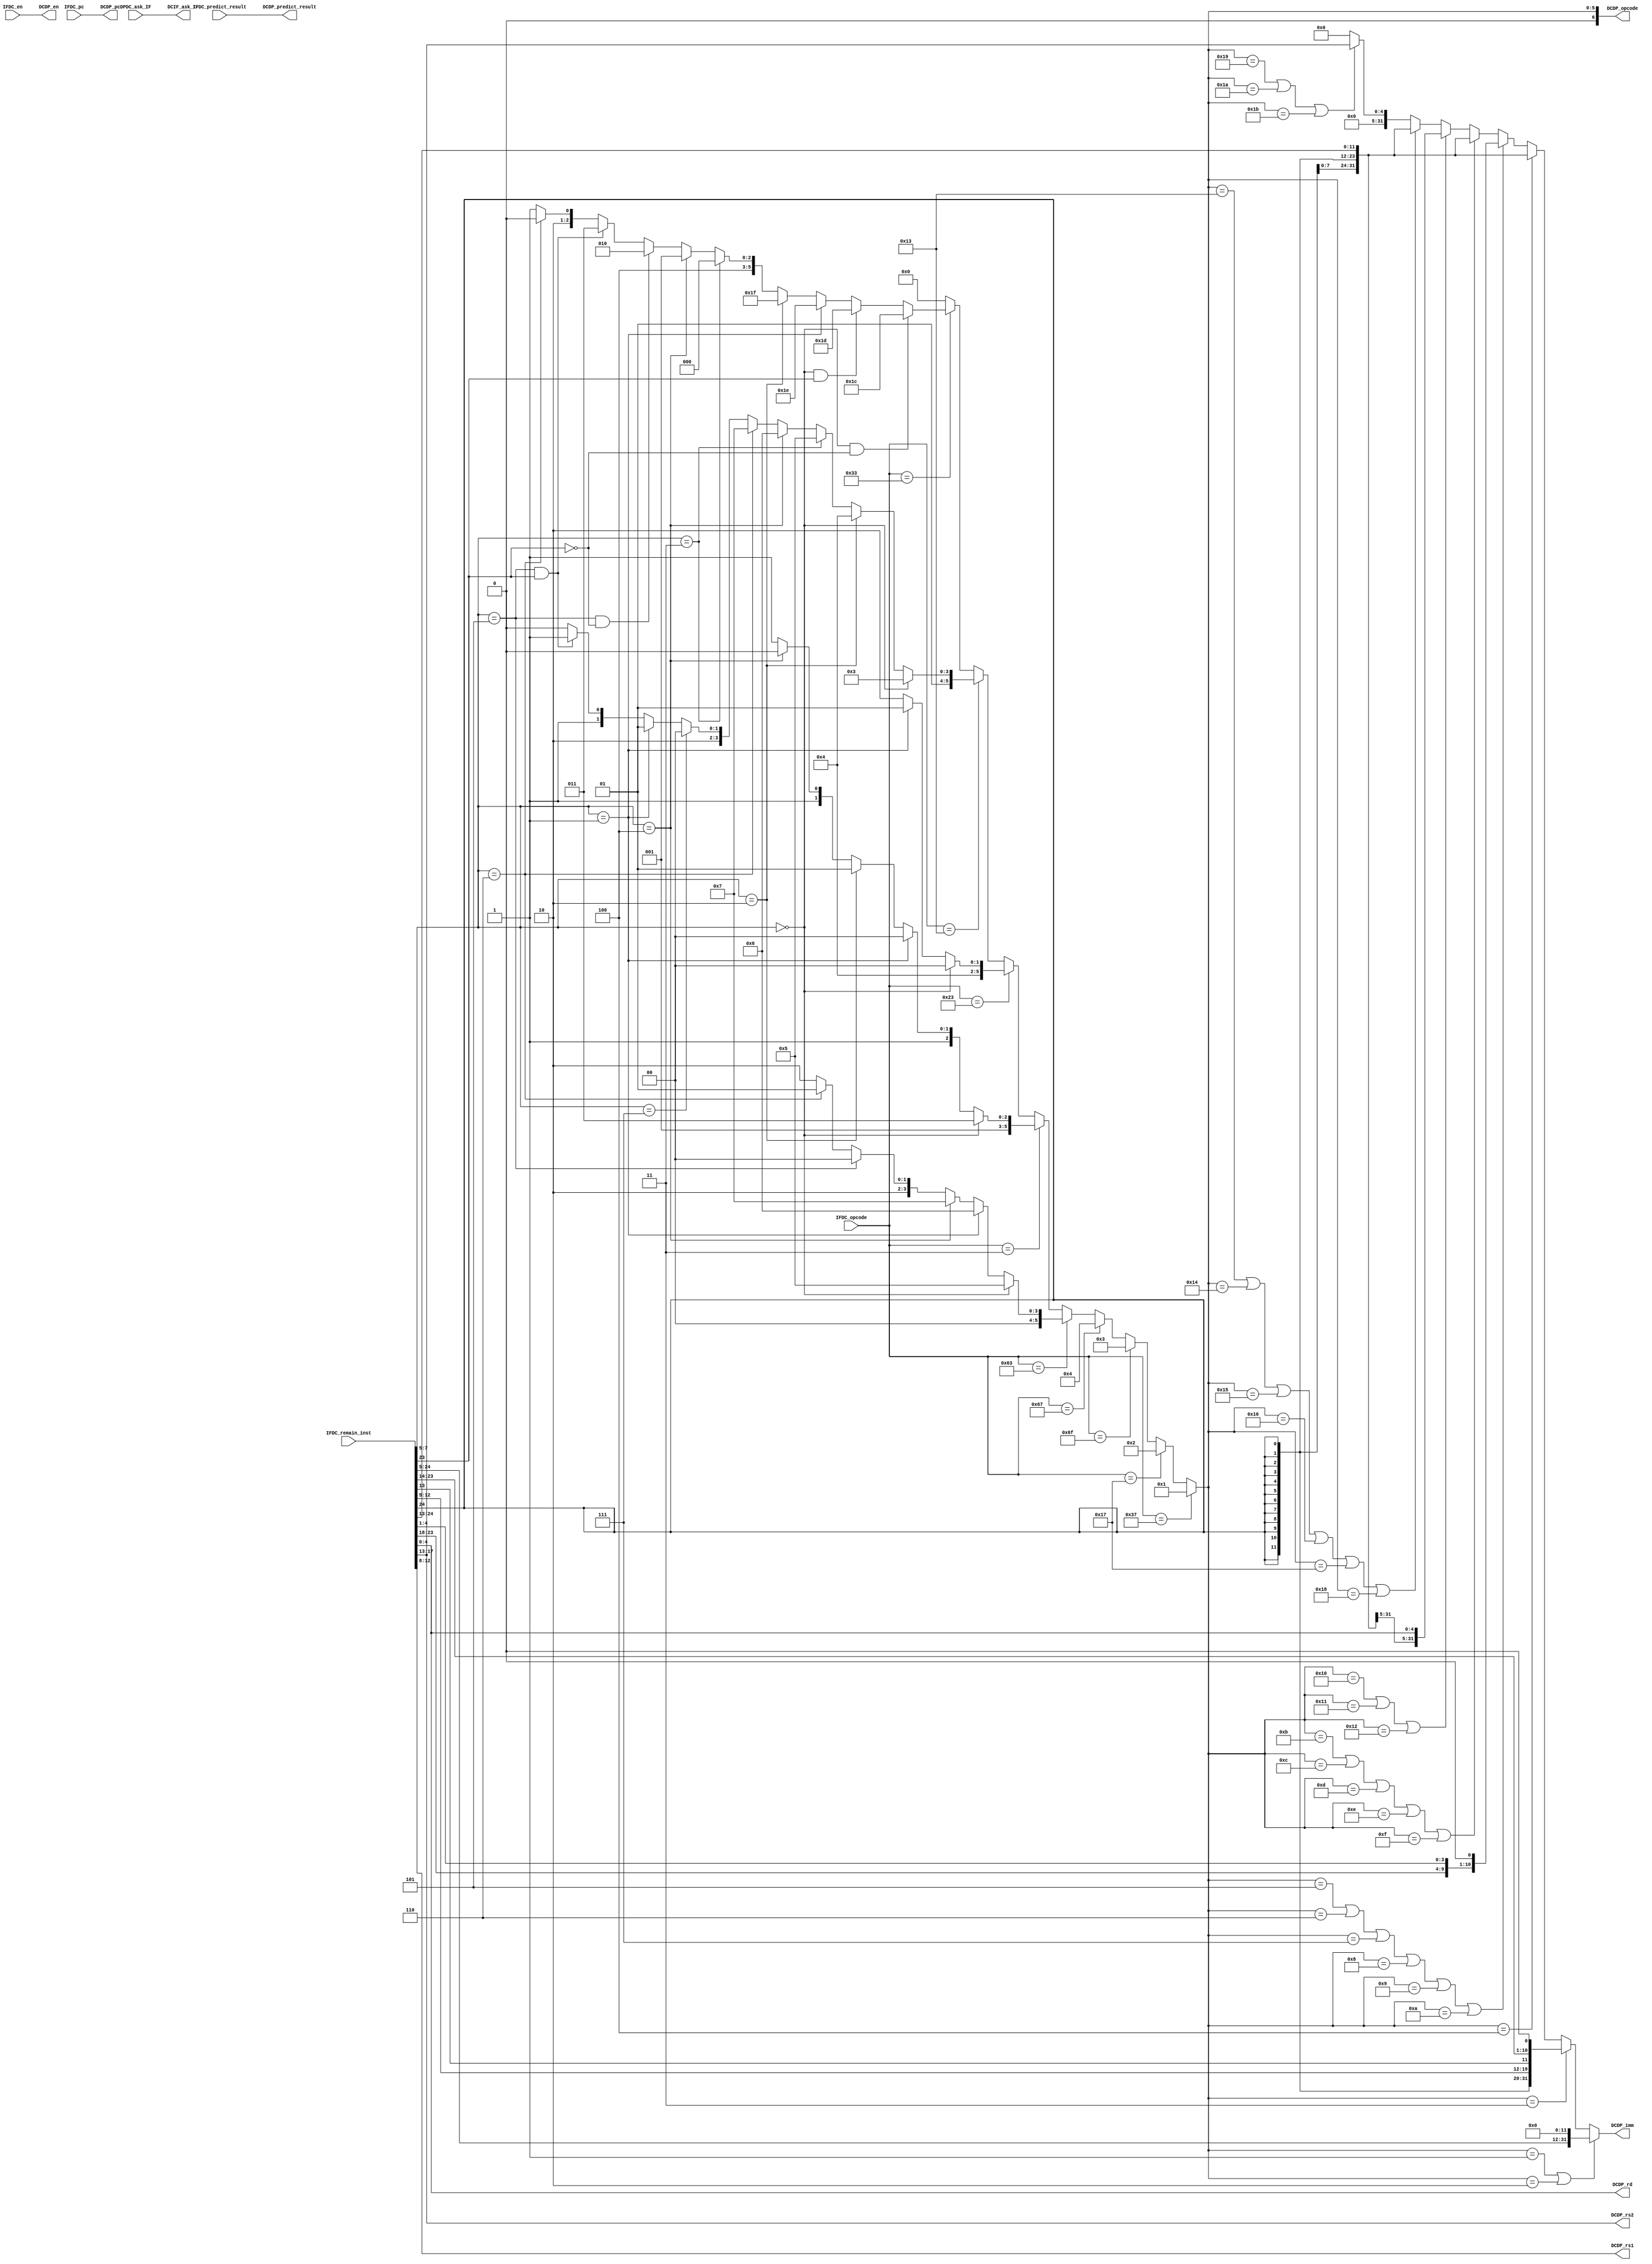
module Decoder #(
    parameter ADDR_WIDTH = 32,
    parameter REG_WIDTH = 5,
    parameter lui = 7'd1,
    parameter auipc = 7'd2,
    parameter jal = 7'd3,
    parameter jalr = 7'd4,
    parameter beq = 7'd5,
    parameter bne = 7'd6,
    parameter blt = 7'd7,
    parameter bge = 7'd8,
    parameter bltu = 7'd9,
    parameter bgeu = 7'd10,
    parameter lb = 7'd11,
    parameter lh = 7'd12,
    parameter lw = 7'd13,
    parameter lbu = 7'd14,
    parameter lhu = 7'd15,
    parameter sb = 7'd16,
    parameter sh = 7'd17,
    parameter sw = 7'd18,
    parameter addi = 7'd19,
    parameter slti = 7'd20,
    parameter sltiu = 7'd21,
    parameter xori = 7'd22,
    parameter ori = 7'd23,
    parameter andi = 7'd24,
    parameter slli = 7'd25,
    parameter srli = 7'd26,
    parameter srai = 7'd27,
    parameter add = 7'd28,
    parameter sub = 7'd29,
    parameter sll = 7'd30,
    parameter slt = 7'd31,
    parameter sltu = 7'd32,
    parameter xorr = 7'd33,
    parameter srl = 7'd34,
    parameter sra = 7'd35,
    parameter orr = 7'd36,
    parameter andd = 7'd37
) (
    //instruction fetcher
    input wire IFDC_en,
    input wire [ADDR_WIDTH - 1:0] IFDC_pc,
    input wire [6:0] IFDC_opcode,
    input wire [31:7] IFDC_remain_inst,
    input wire IFDC_predict_result,  //0: not taken, 1: taken
    output wire DCIF_ask_IF,  //ask IF to fetch a new instruction

    //dispatcher
    input wire DPDC_ask_IF,  //ask IF to fetch a new instruction
    output wire DCDP_en,
    output wire [ADDR_WIDTH - 1:0] DCDP_pc,
    output wire [6:0] DCDP_opcode,
    output wire [REG_WIDTH - 1:0] DCDP_rs1,
    output wire [REG_WIDTH - 1:0] DCDP_rs2,
    output wire [REG_WIDTH - 1:0] DCDP_rd,
    output wire [31:0] DCDP_imm,
    output wire DCDP_predict_result  //0: not taken, 1: taken
);

  assign DCDP_en = IFDC_en;
  assign DCDP_pc = IFDC_pc;
  assign DCDP_predict_result = IFDC_predict_result;
  assign DCDP_opcode = (IFDC_opcode == 7'b0110111) ? lui :
                         (IFDC_opcode == 7'b0010111) ? auipc :
                         (IFDC_opcode == 7'b1101111) ? jal :  
                         (IFDC_opcode == 7'b1100111) ? jalr :   
                         (IFDC_opcode == 7'b1100011) ? ((IFDC_remain_inst[14:12] == 3'b000) ? beq :
                                                        (IFDC_remain_inst[14:12] == 3'b001) ? bne :
                                                        (IFDC_remain_inst[14:12] == 3'b100) ? blt :
                                                        (IFDC_remain_inst[14:12] == 3'b101) ? bge :
                                                        (IFDC_remain_inst[14:12] == 3'b110) ? bltu :
                                                        bgeu) :
                         (IFDC_opcode == 7'b0000011) ? ((IFDC_remain_inst[14:12] == 3'b000) ? lb :
                                                        (IFDC_remain_inst[14:12] == 3'b001) ? lh :
                                                        (IFDC_remain_inst[14:12] == 3'b010) ? lw :
                                                        (IFDC_remain_inst[14:12] == 3'b100) ? lbu :
                                                        lhu) : 
                         (IFDC_opcode == 7'b0100011) ? ((IFDC_remain_inst[14:12] == 3'b000) ? sb : 
                                                        (IFDC_remain_inst[14:12] == 3'b001) ? sh :
                                                        sw) :
                         (IFDC_opcode == 7'b0010011) ? ((IFDC_remain_inst[14:12] == 3'b000) ? addi :
                                                        (IFDC_remain_inst[14:12] == 3'b010) ? slti :
                                                        (IFDC_remain_inst[14:12] == 3'b011) ? sltiu :
                                                        (IFDC_remain_inst[14:12] == 3'b100) ? xori :
                                                        (IFDC_remain_inst[14:12] == 3'b110) ? ori :
                                                        (IFDC_remain_inst[14:12] == 3'b111) ? andi :
                                                        (IFDC_remain_inst[14:12] == 3'b001) ? slli :
                                                        (IFDC_remain_inst[14:12] == 3'b101 && IFDC_remain_inst[30]) ? srai :
                                                        srli) :
                         (IFDC_opcode == 7'b0110011) ? ((IFDC_remain_inst[14:12] == 3'b000 && !IFDC_remain_inst[30]) ? add :
                                                        (IFDC_remain_inst[14:12] == 3'b000 && IFDC_remain_inst[30]) ? sub :
                                                        (IFDC_remain_inst[14:12] == 3'b001) ? sll :
                                                        (IFDC_remain_inst[14:12] == 3'b010) ? slt :
                                                        (IFDC_remain_inst[14:12] == 3'b011) ? sltu :
                                                        (IFDC_remain_inst[14:12] == 3'b100) ? xorr :
                                                        (IFDC_remain_inst[14:12] == 3'b101 && !IFDC_remain_inst[30]) ? srl :
                                                        (IFDC_remain_inst[14:12] == 3'b101 && IFDC_remain_inst[30]) ? sra :
                                                        (IFDC_remain_inst[14:12] == 3'b110) ? orr :
                                                        andd) : 7'b0;

  assign DCDP_rs1 = IFDC_remain_inst[19:15];
  assign DCDP_rs2 = IFDC_remain_inst[24:20];
  assign DCDP_rd = IFDC_remain_inst[11:7];
  assign DCDP_imm = (DCDP_opcode == lui || DCDP_opcode == auipc) ? {IFDC_remain_inst[31:12],12'b0} :
                      (DCDP_opcode == jal) ? {{12{IFDC_remain_inst[31]}}, IFDC_remain_inst[19:12], IFDC_remain_inst[20], IFDC_remain_inst[30:21],1'b0} :
                      (DCDP_opcode == jalr) ? {{21{IFDC_remain_inst[31]}},IFDC_remain_inst[30:20]} :
                      (DCDP_opcode == beq || DCDP_opcode == bne || DCDP_opcode == blt || DCDP_opcode == bge || DCDP_opcode == bltu || DCDP_opcode == bgeu) ? {{20{IFDC_remain_inst[31]}}, IFDC_remain_inst[7], IFDC_remain_inst[30:25], IFDC_remain_inst[11:8], 1'b0} :
                      (DCDP_opcode == lb || DCDP_opcode == lh || DCDP_opcode == lw || DCDP_opcode == lbu || DCDP_opcode == lhu) ? {{21{IFDC_remain_inst[31]}},IFDC_remain_inst[30:20]} :
                      (DCDP_opcode == sb || DCDP_opcode == sh || DCDP_opcode == sw) ? {{21{IFDC_remain_inst[31]}},IFDC_remain_inst[30:25], IFDC_remain_inst[11:7]} :
                      (DCDP_opcode == addi || DCDP_opcode == slti || DCDP_opcode == sltiu || DCDP_opcode == xori || DCDP_opcode == ori || DCDP_opcode == andi ) ? {{21{IFDC_remain_inst[31]}},IFDC_remain_inst[30:20]} :
                      (DCDP_opcode == slli || DCDP_opcode == srli || DCDP_opcode == srai) ? {{27'b0},IFDC_remain_inst[24:20]} :
                      32'b0;
  assign DCIF_ask_IF = DPDC_ask_IF;

endmodule